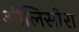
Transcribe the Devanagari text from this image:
औलिसोरा